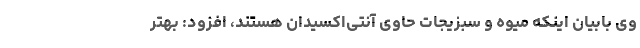
وی بابیان اینکه میوه و سبزیجات حاوی آنتی‌اکسیدان هستند، افزود: بهتر